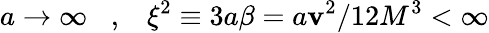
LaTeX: a\rightarrow\infty\, \, \, \, \, ,\, \, \, \, \, \xi^{2}\equiv3a\beta=a\mathbf{v}^{2}/12M^{3}<\infty